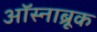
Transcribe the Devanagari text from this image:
ऑस्नाब्रूक